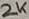
Text: 2K